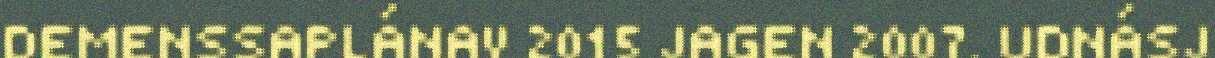
DEMENSSAPLÁNAV 2015 JAGEN 2007. UDNÁSJ